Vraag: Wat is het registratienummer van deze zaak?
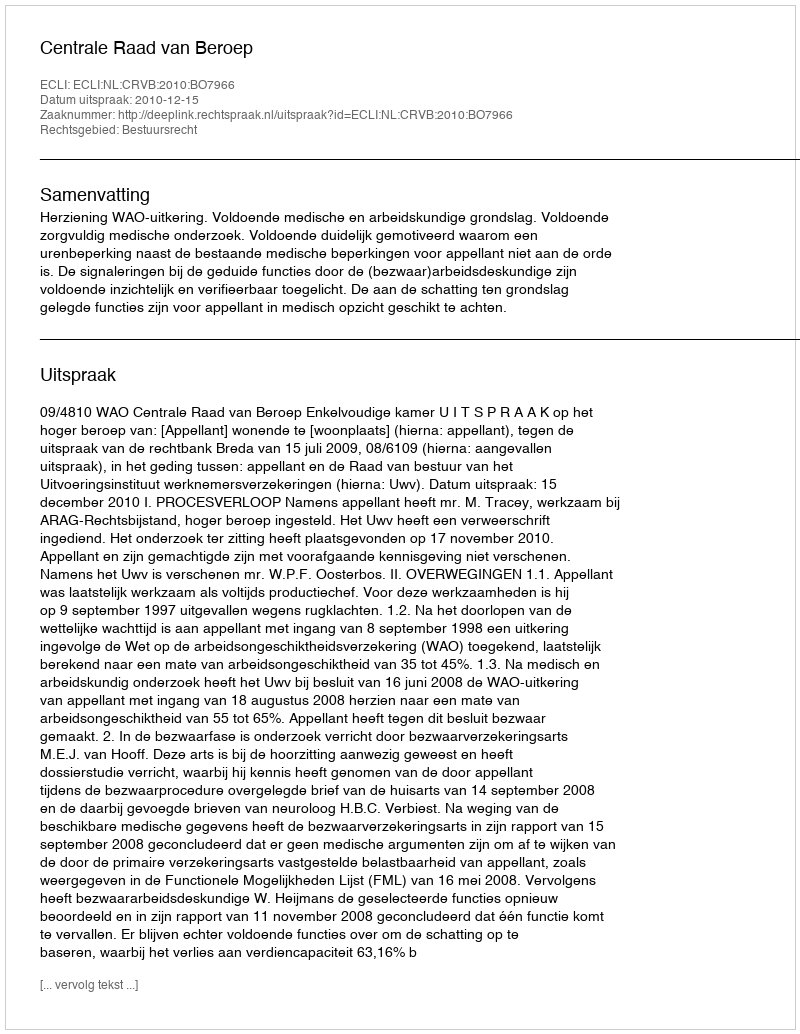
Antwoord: http://deeplink.rechtspraak.nl/uitspraak?id=ECLI:NL:CRVB:2010:BO7966